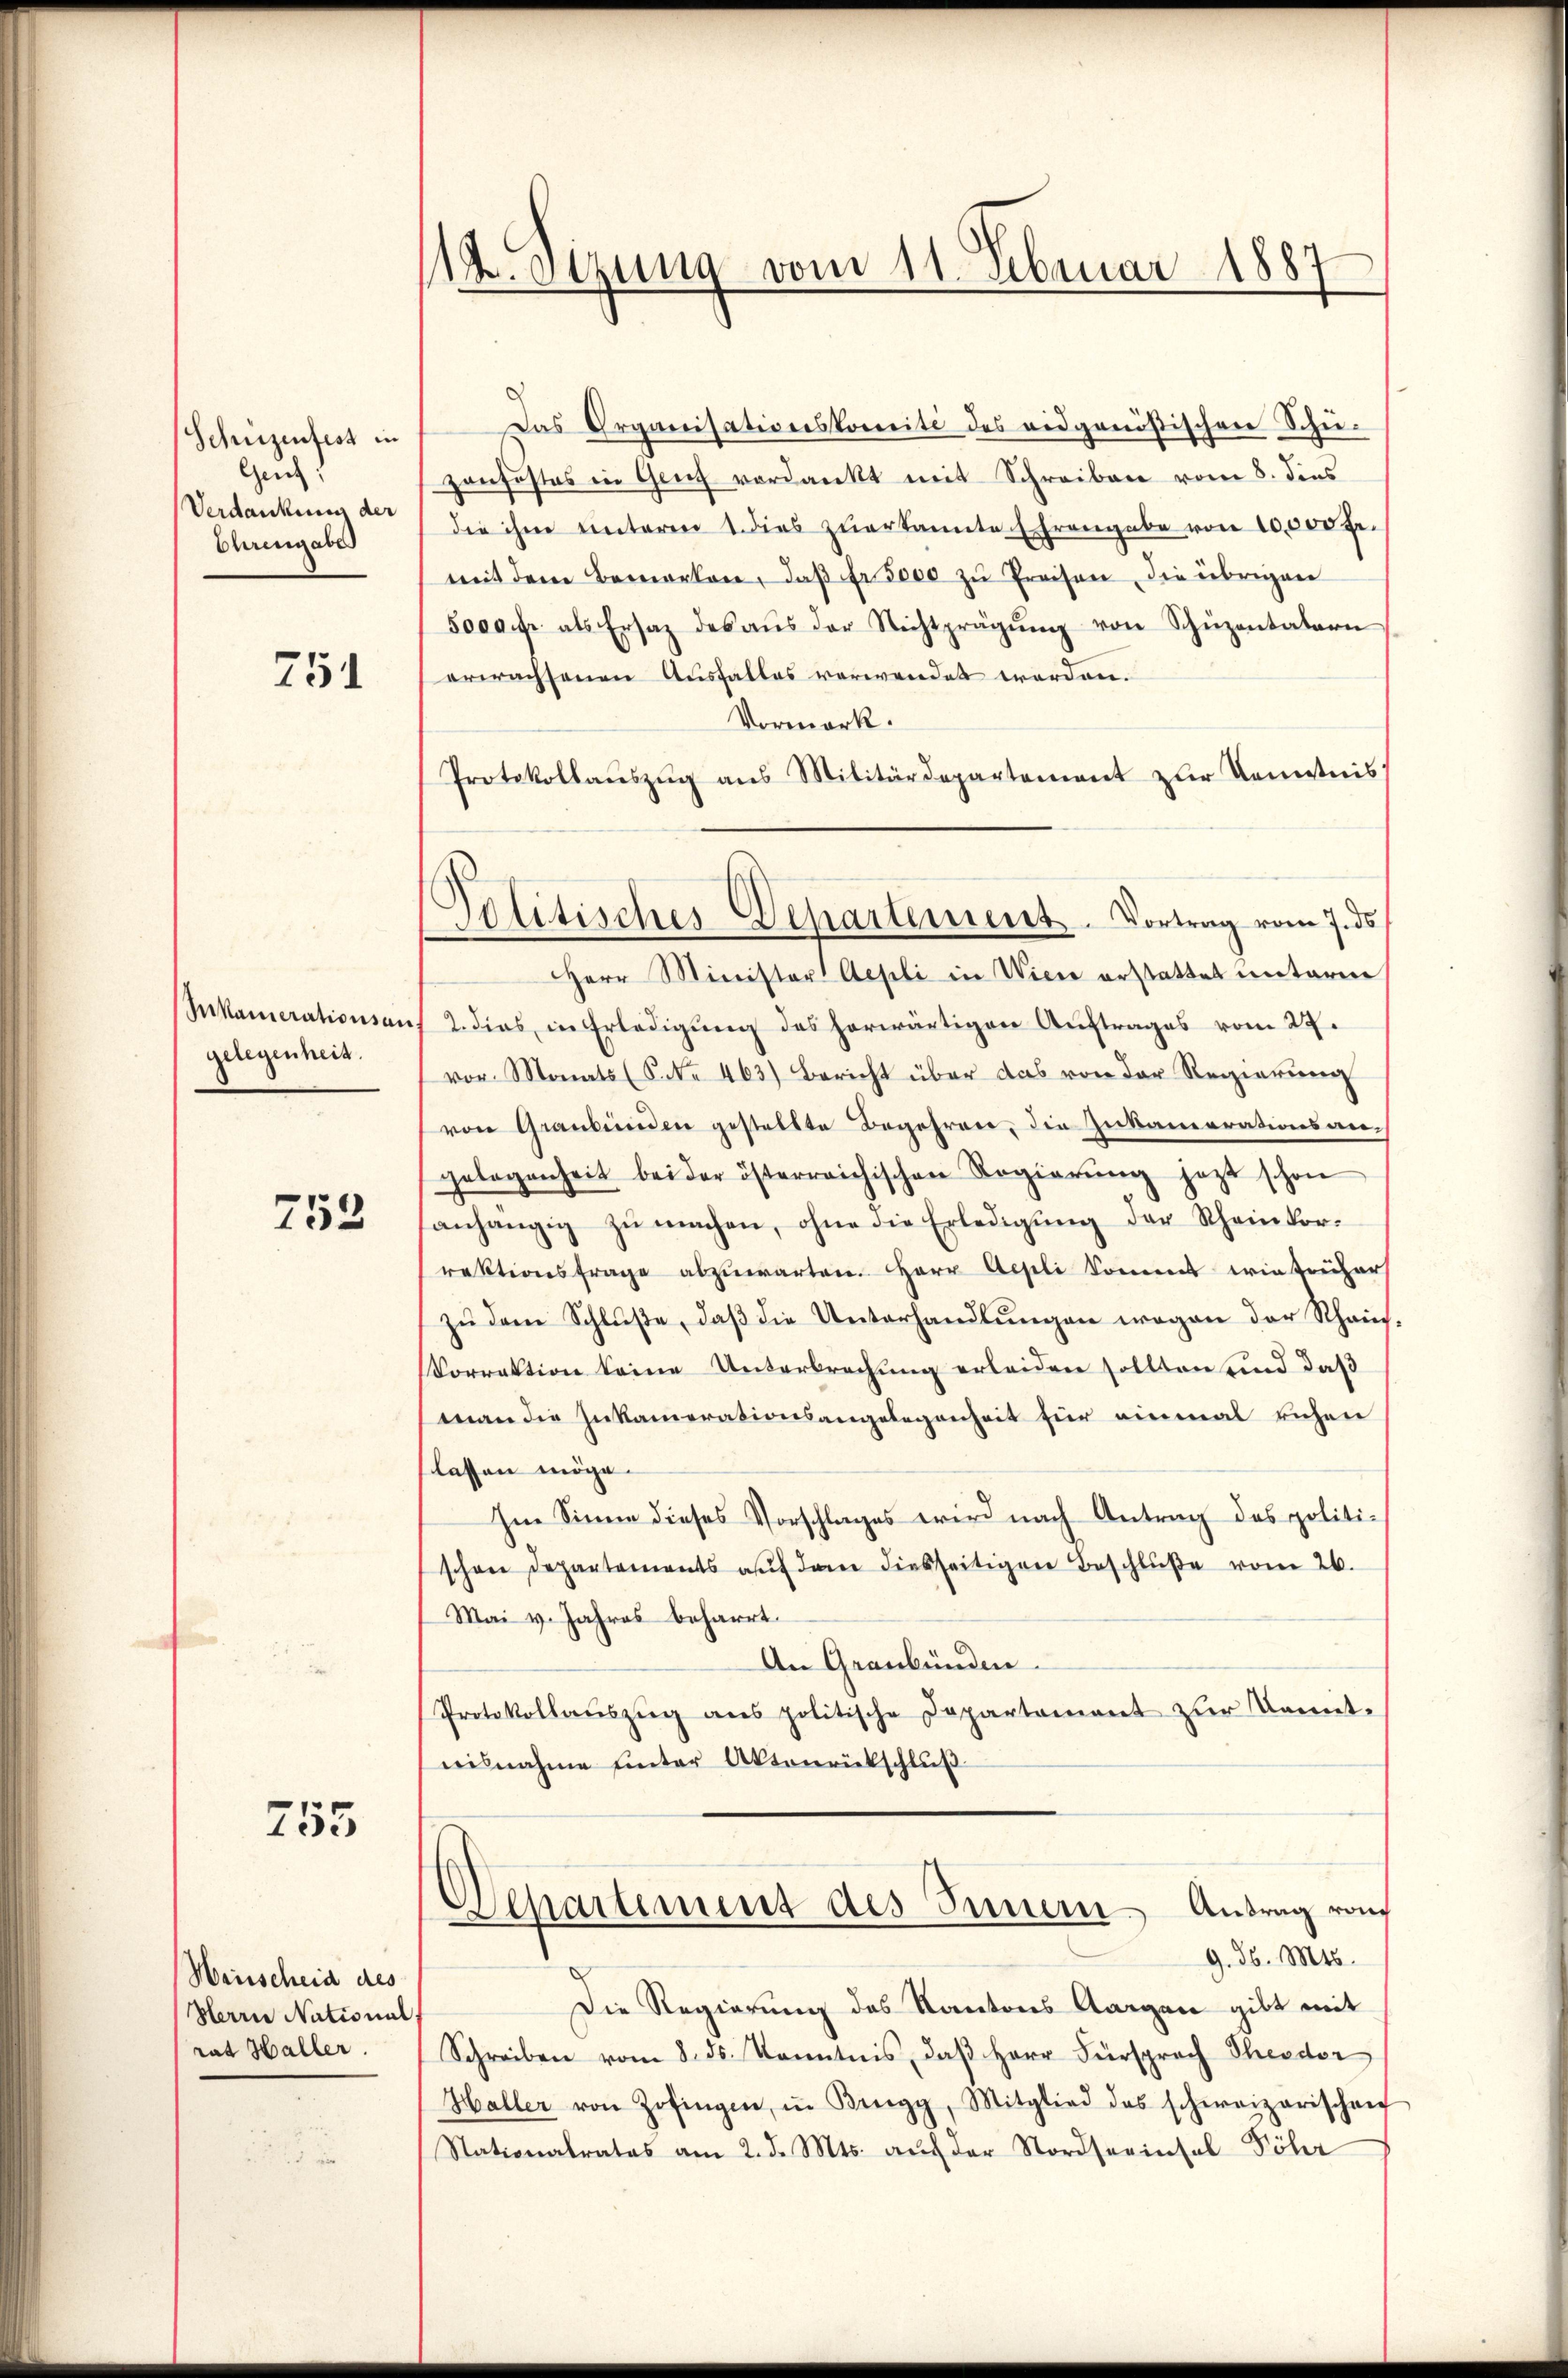
Schüzenfest in
Genz!
Verdankung der
Chrengabe

751

Ikamerationsan
gelegenheit.

753

755

Maischeid des
Herrn National
rat Haller

¬
(1. Sezung vom 11. Februar 188

Politisches Departement. Vortrag vom 7. ds

Das Organisationskomité des eidgenößischen Schü-
zonfestes in Ganz verdankt mit Schreiben vom 8. dies
die ihm unteren 1. dies zŭerkannte Ehrengabe von 10,000 Fr.
mit dem Bemerken, daβ fr. 5000 zŭ Preisen, die übrigen
5000 fr. als Ersatz des aŭs der Nichtprägŭng von Schüzentatern
erwachsenen Ausfalles verwendet worden.
Vormerk.
Protokollaŭszŭg ans Militärdepartement zur Kenntnis
HHerr Minister Aepli in Wien erstattet unterm
2. dies in Erledigung des herwärtigen Auftrages vom 27.
vor. Monats (S. Nr. 463) Bericht über das von der Regierŭng
von Graubünden gestellte Begehren, die Zukamerationsan-
gelegenheit bei der österreichischen Regierŭng jezt schon
anhängig zu machen, ohne die Erledigung der Scheinkorrektionsfrage abzŭwarten. Herr Aesli kommt wietricher
zŭ dem Schlŭβe, daβ die Unterhandlŭngen wegen der Rhein-
Vorrektion keine Unterbrechung erleiden sollten und daß
man die Inkamerationsangelegenheit für einmal ruhen
lassen möge.
Im Sinne dieses Vorschlages wird nach Antrag des politischöne Departements auf dem diesseitigen Beschlŭβe vom 26.
Mai v. Jahres beharrt.
An Graubünden.
Protokollaŭszŭg ans politische Departement zŭr Kennt-
nisnahme unter Aktenrückschluß
Departement des Innern Antrag von
9. d. Mts.
Die Regierung des Kantons Aargau gibt mit
Schreiben vom 8. ds. Kenntnis, daβ Herr Fürsprach Theodor
Haller von Zofingen, in Brugg, Mitglied des schweizerischen
Stationalrates am 2. d. Mts. auf der Nordseeinsel Vöhr